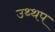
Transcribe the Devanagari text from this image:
उथ्थप